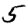
Digit: 5